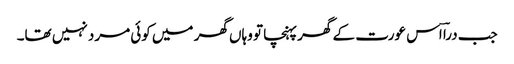
جب دراؔ اس عورت کے گھر پہنچا تو وہاں گھر میں کوئی مرد نہیں تھا۔